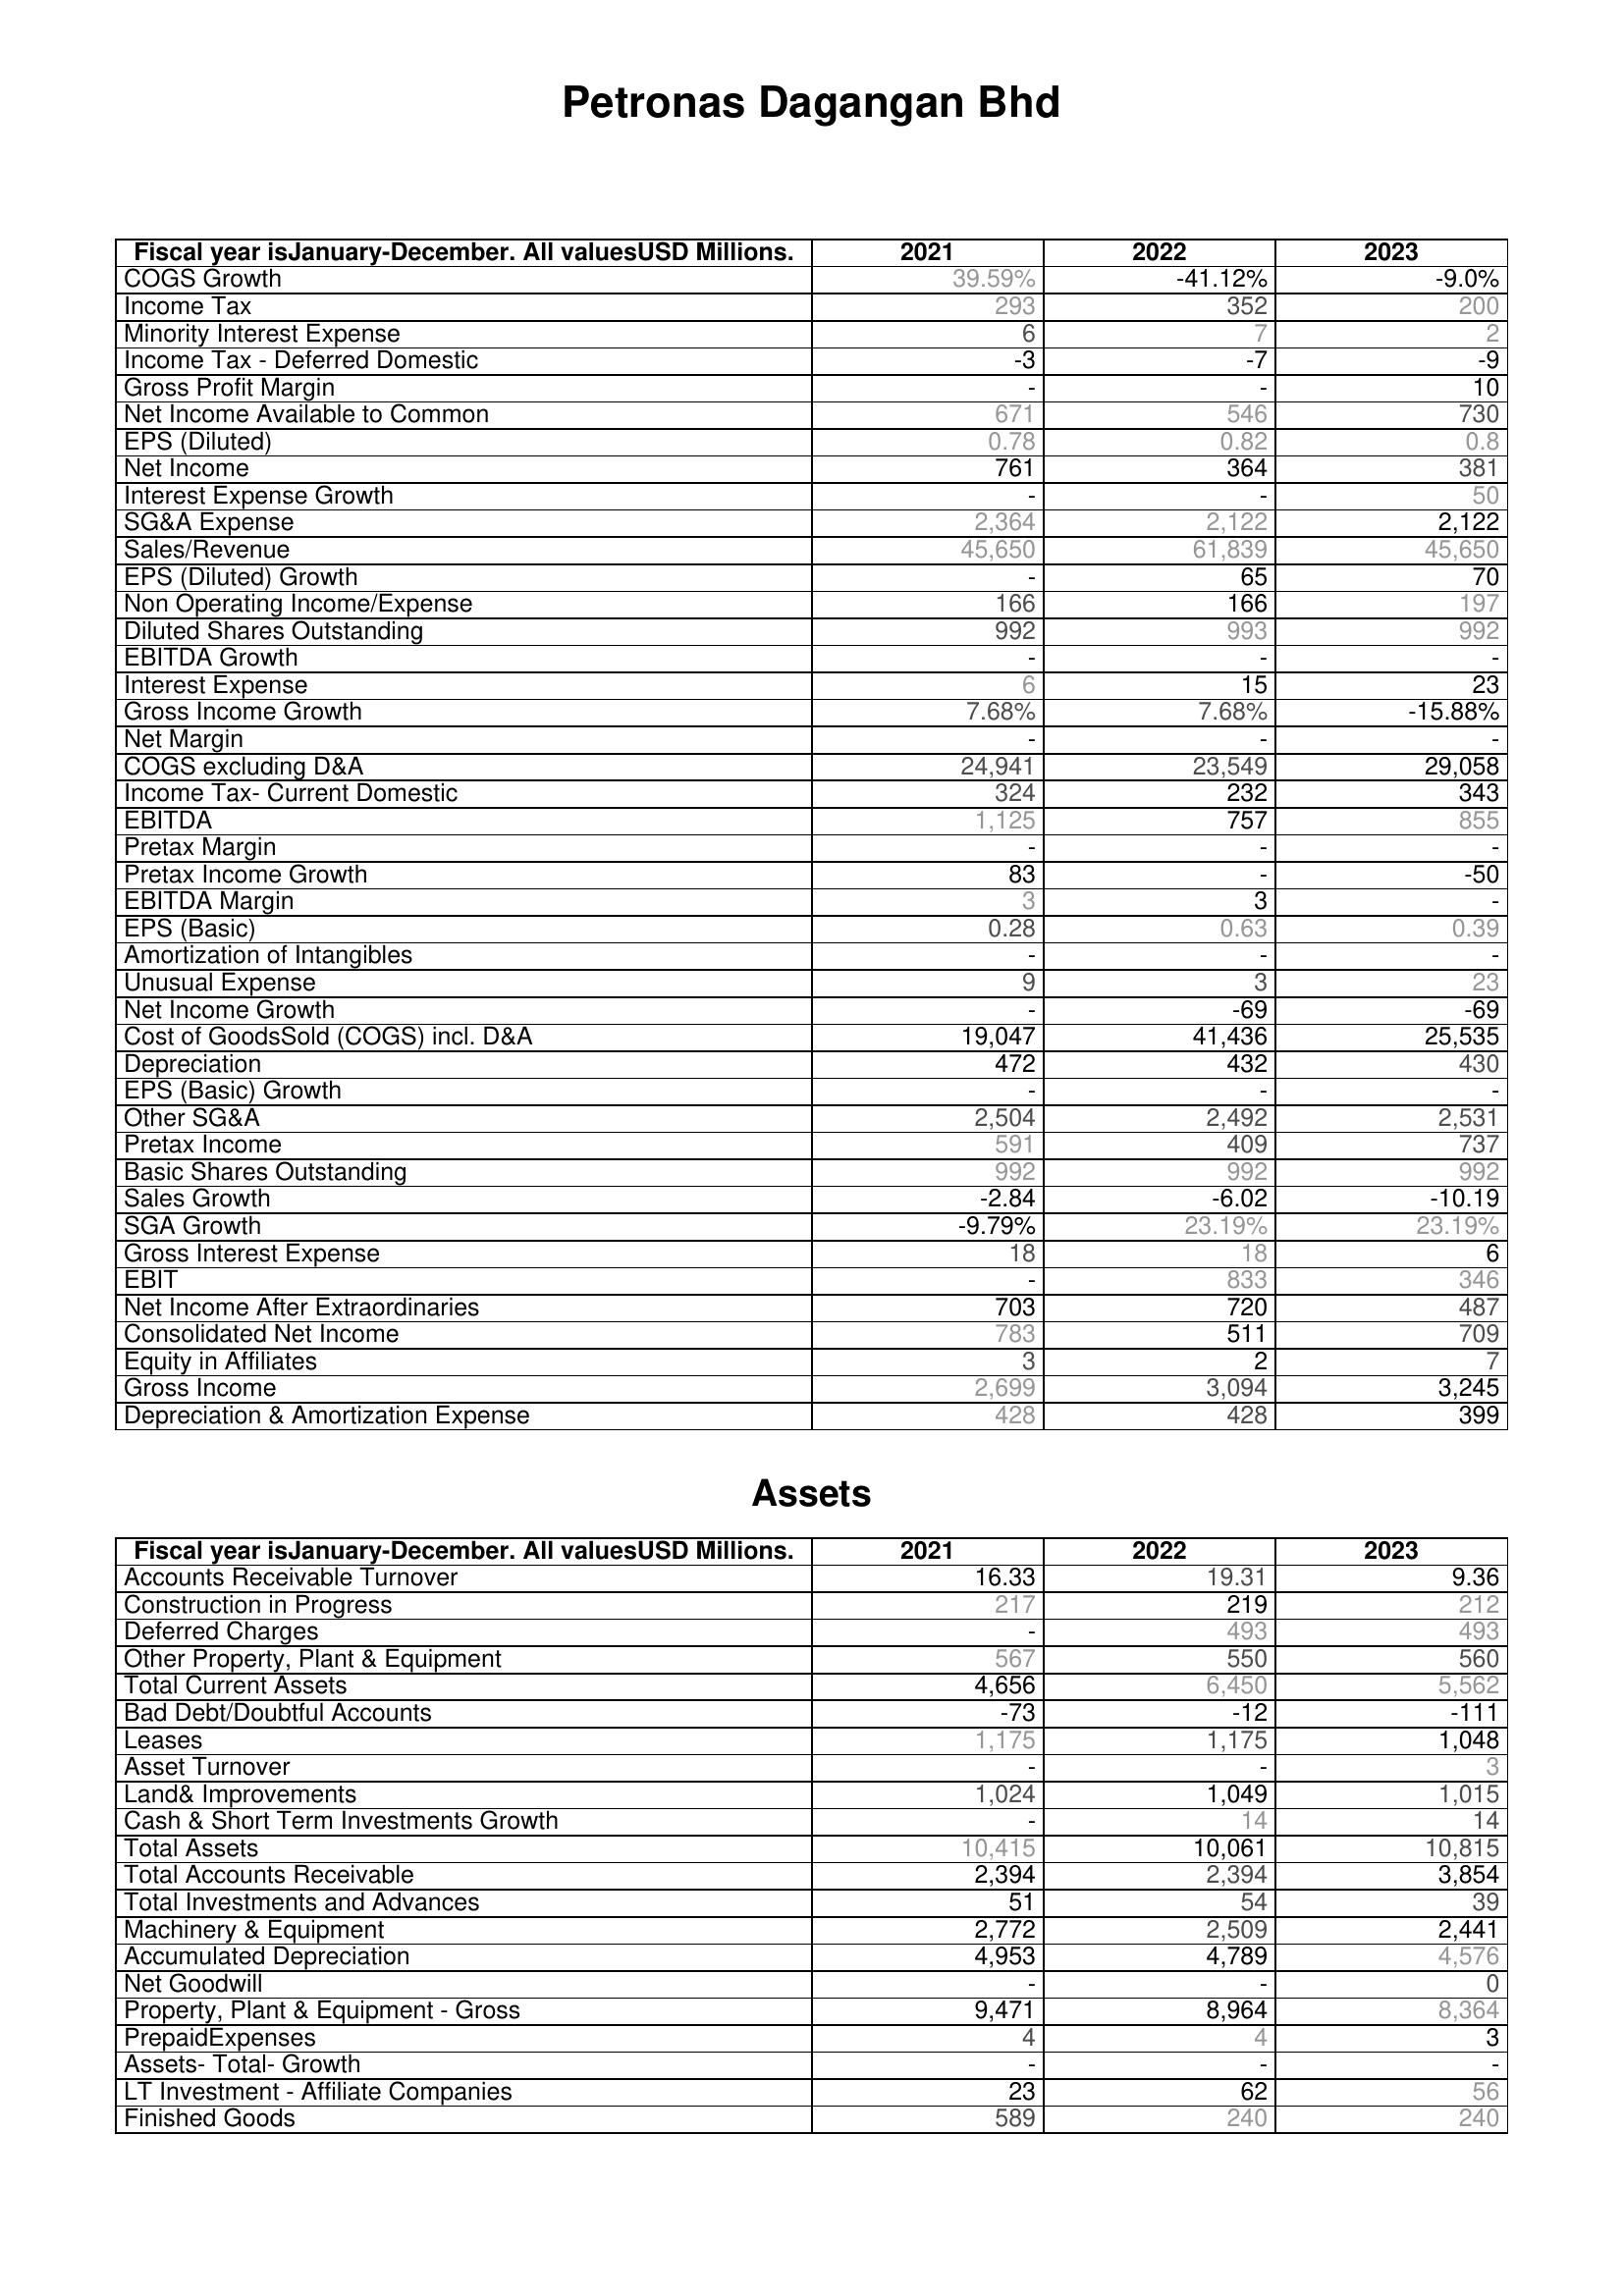
2021: : COGS Growth: 39.59%
Income Tax: 293
Minority Interest Expense: 6
Income Tax - Deferred Domestic: -3
Gross Profit Margin: -
Net Income Available to Common: 671
EPS (Diluted): 0.78
Net Income: 761
Interest Expense Growth: -
SG&A Expense: 2,364
Sales/Revenue: 45,650
EPS (Diluted) Growth: -
Non Operating Income/Expense: 166
Diluted Shares Outstanding: 992
EBITDA Growth: -
Interest Expense: 6
Gross Income Growth: 7.68%
Net Margin: -
COGS excluding D&A: 24,941
Income Tax- Current Domestic: 324
EBITDA: 1,125
Pretax Margin: -
Pretax Income Growth: 83
EBITDA Margin: 3
EPS (Basic): 0.28
Amortization of Intangibles: -
Unusual Expense: 9
Net Income Growth: -
Cost of GoodsSold (COGS) incl. D&A: 19,047
Depreciation: 472
EPS (Basic) Growth: -
Other SG&A: 2,504
Pretax Income: 591
Basic Shares Outstanding: 992
Sales Growth: -2.84
SGA Growth: -9.79%
Gross Interest Expense: 18
EBIT: -
Net Income After Extraordinaries: 703
Consolidated Net Income: 783
Equity in Affiliates: 3
Gross Income: 2,699
Depreciation & Amortization Expense: 428
Assets: Accounts Receivable Turnover: 16.33
Construction in Progress: 217
Deferred Charges: -
Other Property, Plant & Equipment: 567
Total Current Assets: 4,656
Bad Debt/Doubtful Accounts: -73
Leases: 1,175
Asset Turnover: -
Land& Improvements: 1,024
Cash & Short Term Investments Growth: -
Total Assets: 10,415
Total Accounts Receivable: 2,394
Total Investments and Advances: 51
Machinery & Equipment: 2,772
Accumulated Depreciation: 4,953
Net Goodwill: -
Property, Plant & Equipment - Gross : 9,471
PrepaidExpenses: 4
Assets- Total- Growth: -
LT Investment - Affiliate Companies: 23
Finished Goods: 589
2022: : COGS Growth: -41.12%
Income Tax: 352
Minority Interest Expense: 7
Income Tax - Deferred Domestic: -7
Gross Profit Margin: -
Net Income Available to Common: 546
EPS (Diluted): 0.82
Net Income: 364
Interest Expense Growth: -
SG&A Expense: 2,122
Sales/Revenue: 61,839
EPS (Diluted) Growth: 65
Non Operating Income/Expense: 166
Diluted Shares Outstanding: 993
EBITDA Growth: -
Interest Expense: 15
Gross Income Growth: 7.68%
Net Margin: -
COGS excluding D&A: 23,549
Income Tax- Current Domestic: 232
EBITDA: 757
Pretax Margin: -
Pretax Income Growth: -
EBITDA Margin: 3
EPS (Basic): 0.63
Amortization of Intangibles: -
Unusual Expense: 3
Net Income Growth: -69
Cost of GoodsSold (COGS) incl. D&A: 41,436
Depreciation: 432
EPS (Basic) Growth: -
Other SG&A: 2,492
Pretax Income: 409
Basic Shares Outstanding: 992
Sales Growth: -6.02
SGA Growth: 23.19%
Gross Interest Expense: 18
EBIT: 833
Net Income After Extraordinaries: 720
Consolidated Net Income: 511
Equity in Affiliates: 2
Gross Income: 3,094
Depreciation & Amortization Expense: 428
Assets: Accounts Receivable Turnover: 19.31
Construction in Progress: 219
Deferred Charges: 493
Other Property, Plant & Equipment: 550
Total Current Assets: 6,450
Bad Debt/Doubtful Accounts: -12
Leases: 1,175
Asset Turnover: -
Land& Improvements: 1,049
Cash & Short Term Investments Growth: 14
Total Assets: 10,061
Total Accounts Receivable: 2,394
Total Investments and Advances: 54
Machinery & Equipment: 2,509
Accumulated Depreciation: 4,789
Net Goodwill: -
Property, Plant & Equipment - Gross : 8,964
PrepaidExpenses: 4
Assets- Total- Growth: -
LT Investment - Affiliate Companies: 62
Finished Goods: 240
2023: : COGS Growth: -9.0%
Income Tax: 200
Minority Interest Expense: 2
Income Tax - Deferred Domestic: -9
Gross Profit Margin: 10
Net Income Available to Common: 730
EPS (Diluted): 0.8
Net Income: 381
Interest Expense Growth: 50
SG&A Expense: 2,122
Sales/Revenue: 45,650
EPS (Diluted) Growth: 70
Non Operating Income/Expense: 197
Diluted Shares Outstanding: 992
EBITDA Growth: -
Interest Expense: 23
Gross Income Growth: -15.88%
Net Margin: -
COGS excluding D&A: 29,058
Income Tax- Current Domestic: 343
EBITDA: 855
Pretax Margin: -
Pretax Income Growth: -50
EBITDA Margin: -
EPS (Basic): 0.39
Amortization of Intangibles: -
Unusual Expense: 23
Net Income Growth: -69
Cost of GoodsSold (COGS) incl. D&A: 25,535
Depreciation: 430
EPS (Basic) Growth: -
Other SG&A: 2,531
Pretax Income: 737
Basic Shares Outstanding: 992
Sales Growth: -10.19
SGA Growth: 23.19%
Gross Interest Expense: 6
EBIT: 346
Net Income After Extraordinaries: 487
Consolidated Net Income: 709
Equity in Affiliates: 7
Gross Income: 3,245
Depreciation & Amortization Expense: 399
Assets: Accounts Receivable Turnover: 9.36
Construction in Progress: 212
Deferred Charges: 493
Other Property, Plant & Equipment: 560
Total Current Assets: 5,562
Bad Debt/Doubtful Accounts: -111
Leases: 1,048
Asset Turnover: 3
Land& Improvements: 1,015
Cash & Short Term Investments Growth: 14
Total Assets: 10,815
Total Accounts Receivable: 3,854
Total Investments and Advances: 39
Machinery & Equipment: 2,441
Accumulated Depreciation: 4,576
Net Goodwill: 0
Property, Plant & Equipment - Gross : 8,364
PrepaidExpenses: 3
Assets- Total- Growth: -
LT Investment - Affiliate Companies: 56
Finished Goods: 240